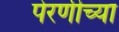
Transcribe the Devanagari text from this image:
पेरणीच्या